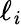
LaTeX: \ell_{\mathit{i}}